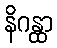
နိဂန္ထာ